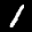
Label: 1